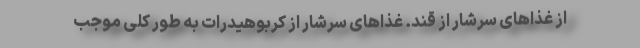
از غذاهای سرشار از قند. غذاهای سرشار از کربوهیدرات به طور کلی موجب